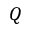
Q